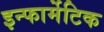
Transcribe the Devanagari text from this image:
इन्फार्मेटिक